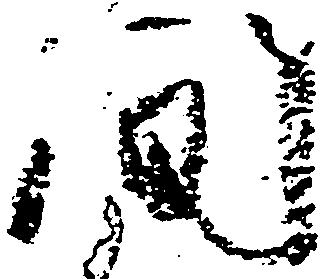
間